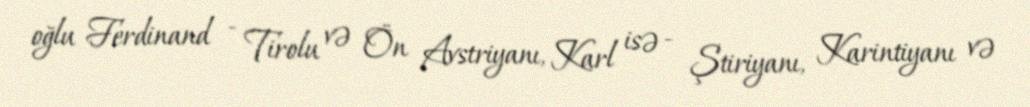
oğlu Ferdinand - Tirolu və Ön Avstriyanı, Karl isə - Ştiriyanı, Karintiyanı və